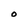
Character: O